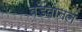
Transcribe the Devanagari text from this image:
बडवानल